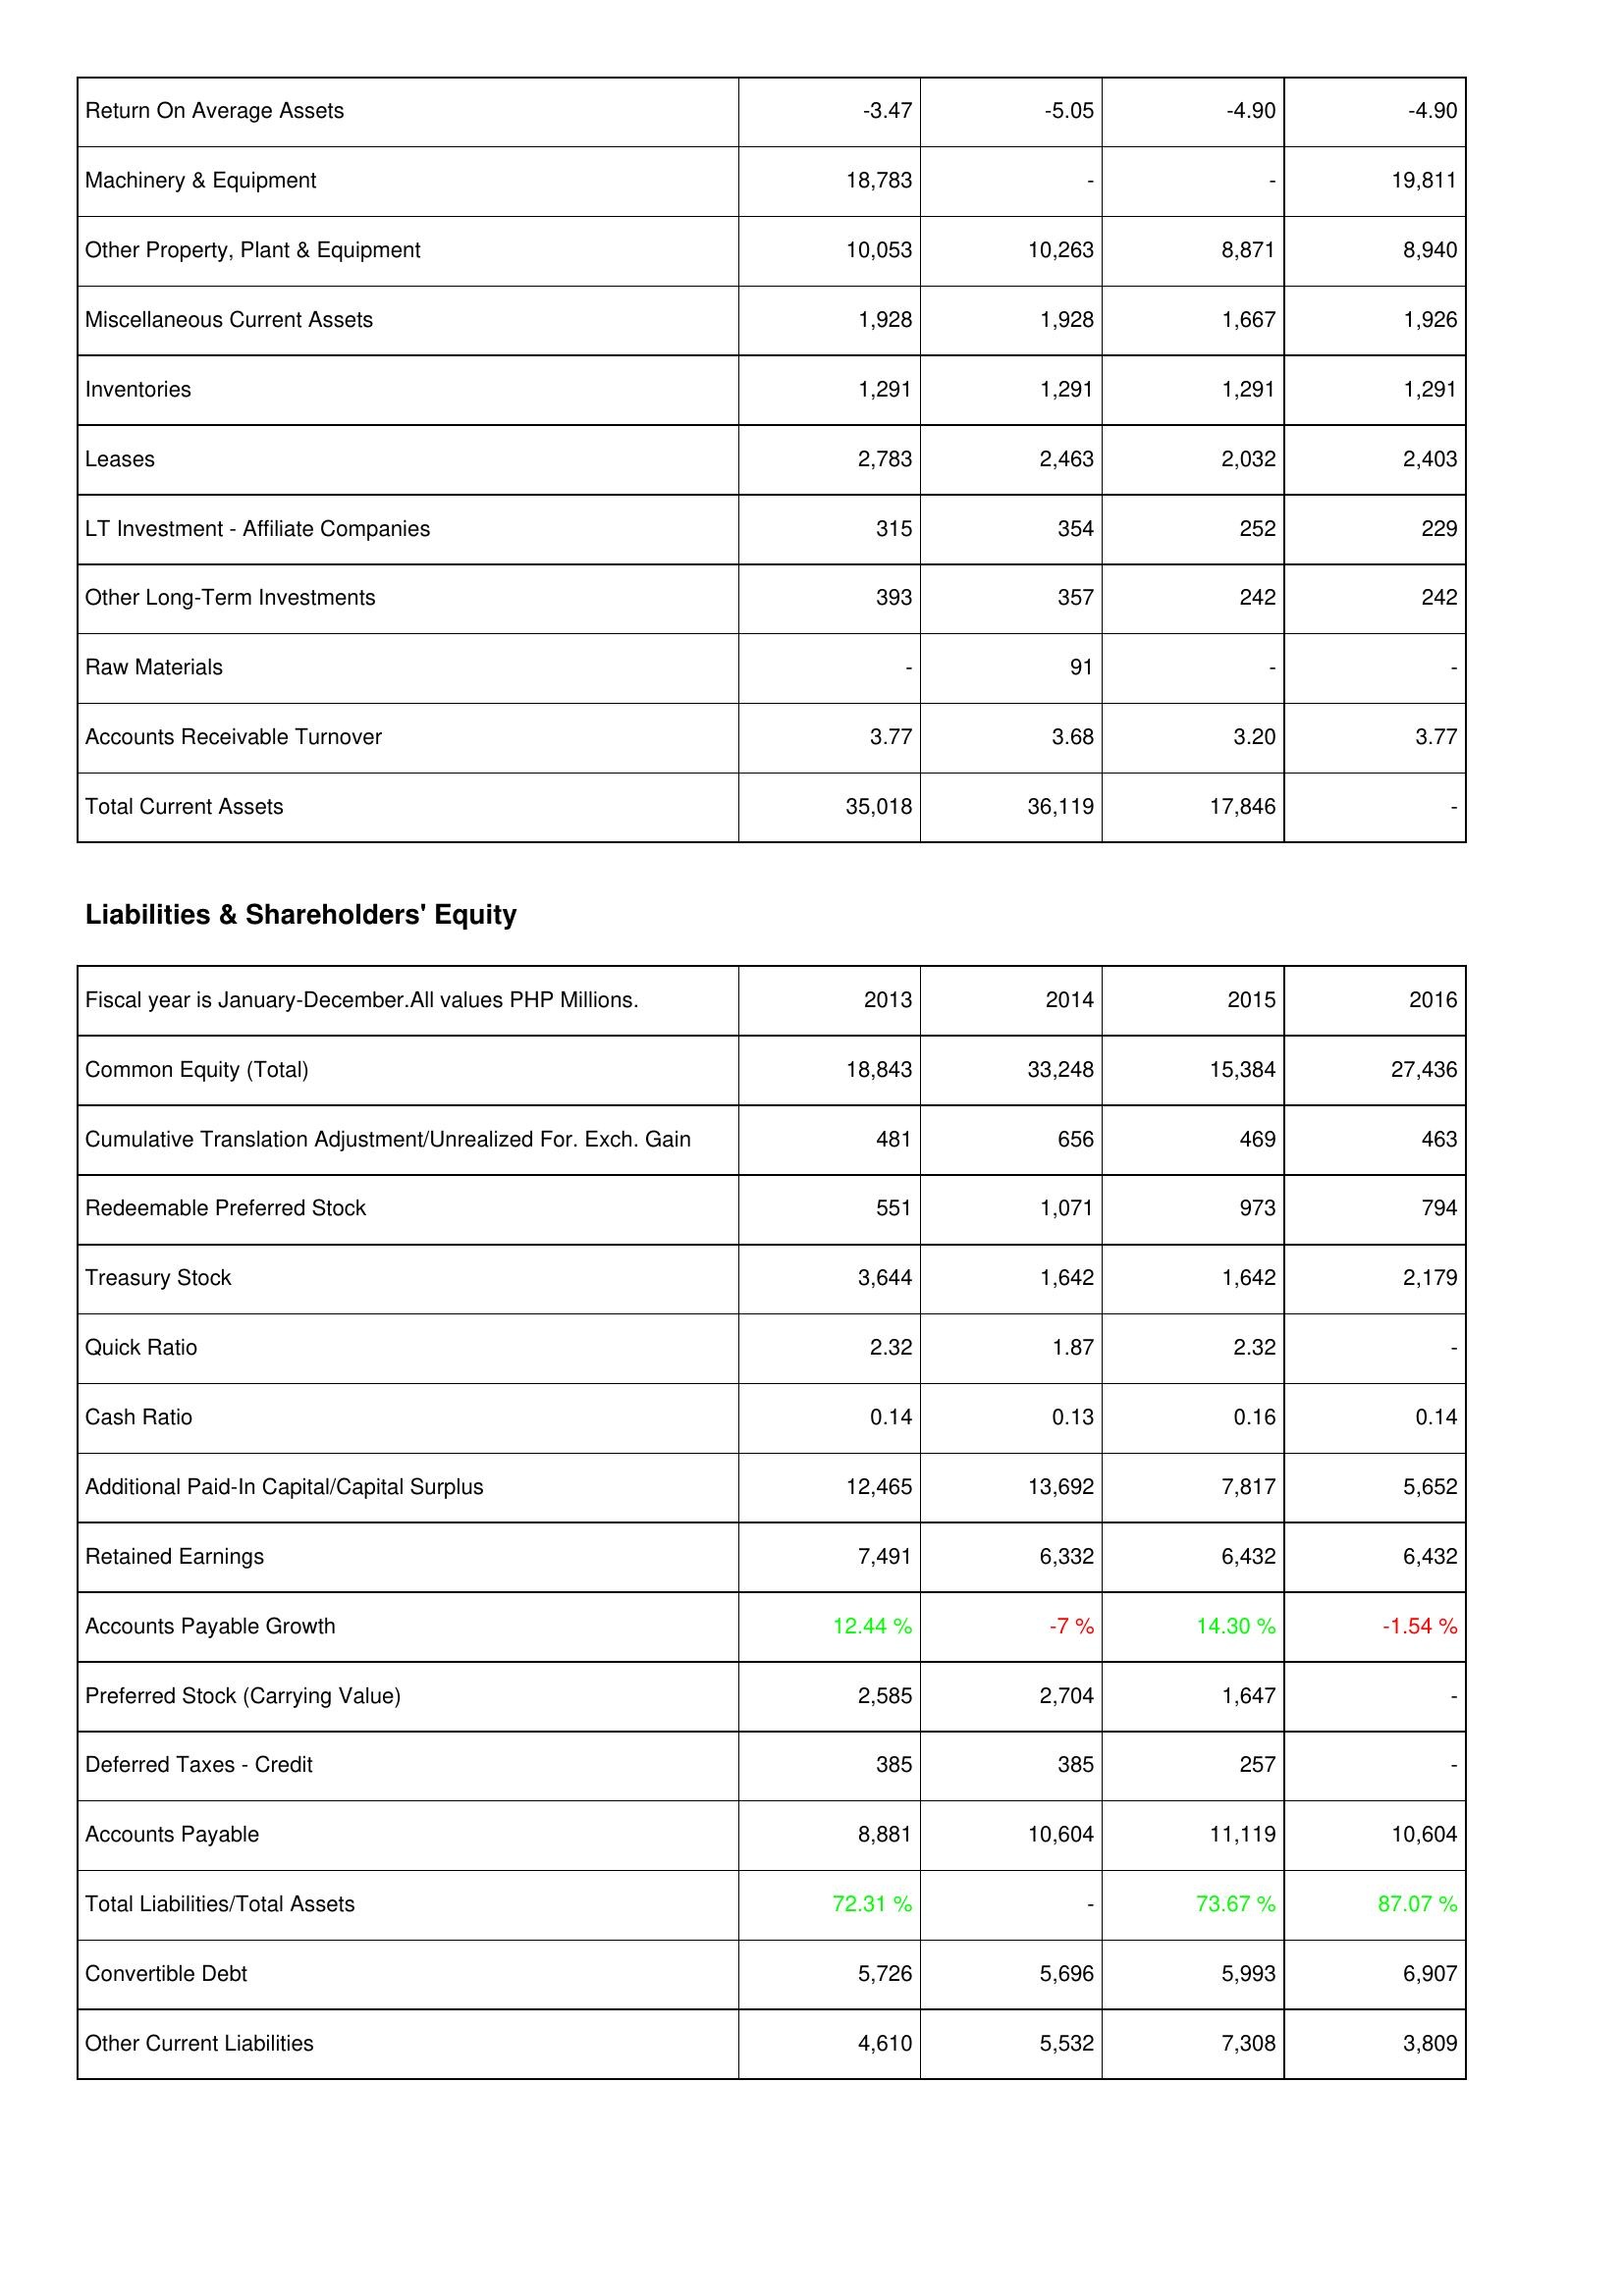
2013: Assets: Return On Average Assets: -3.47
Machinery & Equipment: 18,783
Other Property, Plant & Equipment: 10,053
Miscellaneous Current Assets: 1,928
Inventories: 1,291
Leases: 2,783
LT Investment - Affiliate Companies: 315
Other Long-Term Investments: 393
Raw Materials: -
Accounts Receivable Turnover: 3.77
Total Current Assets: 35,018
Liabilities & Shareholders' Equity: Common Equity (Total): 18,843
Cumulative Translation Adjustment/Unrealized For. Exch. Gain: 481
Redeemable Preferred Stock: 551
Treasury Stock: 3,644
Quick Ratio: 2.32
Cash Ratio: 0.14
Additional Paid-In Capital/Capital Surplus: 12,465
Retained Earnings: 7,491
Accounts Payable Growth: 12.44 %
Preferred Stock (Carrying Value): 2,585
Deferred Taxes - Credit: 385
Accounts Payable: 8,881
Total Liabilities/Total Assets: 72.31 %
Convertible Debt: 5,726
Other Current Liabilities: 4,610
2014: Assets: Return On Average Assets: -5.05
Machinery & Equipment: -
Other Property, Plant & Equipment: 10,263
Miscellaneous Current Assets: 1,928
Inventories: 1,291
Leases: 2,463
LT Investment - Affiliate Companies: 354
Other Long-Term Investments: 357
Raw Materials: 91
Accounts Receivable Turnover: 3.68
Total Current Assets: 36,119
Liabilities & Shareholders' Equity: Common Equity (Total): 33,248
Cumulative Translation Adjustment/Unrealized For. Exch. Gain: 656
Redeemable Preferred Stock: 1,071
Treasury Stock: 1,642
Quick Ratio: 1.87
Cash Ratio: 0.13
Additional Paid-In Capital/Capital Surplus: 13,692
Retained Earnings: 6,332
Accounts Payable Growth: -7 %
Preferred Stock (Carrying Value): 2,704
Deferred Taxes - Credit: 385
Accounts Payable: 10,604
Total Liabilities/Total Assets: -
Convertible Debt: 5,696
Other Current Liabilities: 5,532
2015: Assets: Return On Average Assets: -4.90
Machinery & Equipment: -
Other Property, Plant & Equipment: 8,871
Miscellaneous Current Assets: 1,667
Inventories: 1,291
Leases: 2,032
LT Investment - Affiliate Companies: 252
Other Long-Term Investments: 242
Raw Materials: -
Accounts Receivable Turnover: 3.20
Total Current Assets: 17,846
Liabilities & Shareholders' Equity: Common Equity (Total): 15,384
Cumulative Translation Adjustment/Unrealized For. Exch. Gain: 469
Redeemable Preferred Stock: 973
Treasury Stock: 1,642
Quick Ratio: 2.32
Cash Ratio: 0.16
Additional Paid-In Capital/Capital Surplus: 7,817
Retained Earnings: 6,432
Accounts Payable Growth: 14.30 %
Preferred Stock (Carrying Value): 1,647
Deferred Taxes - Credit: 257
Accounts Payable: 11,119
Total Liabilities/Total Assets: 73.67 %
Convertible Debt: 5,993
Other Current Liabilities: 7,308
2016: Assets: Return On Average Assets: -4.90
Machinery & Equipment: 19,811
Other Property, Plant & Equipment: 8,940
Miscellaneous Current Assets: 1,926
Inventories: 1,291
Leases: 2,403
LT Investment - Affiliate Companies: 229
Other Long-Term Investments: 242
Raw Materials: -
Accounts Receivable Turnover: 3.77
Total Current Assets: -
Liabilities & Shareholders' Equity: Common Equity (Total): 27,436
Cumulative Translation Adjustment/Unrealized For. Exch. Gain: 463
Redeemable Preferred Stock: 794
Treasury Stock: 2,179
Quick Ratio: -
Cash Ratio: 0.14
Additional Paid-In Capital/Capital Surplus: 5,652
Retained Earnings: 6,432
Accounts Payable Growth: -1.54 %
Preferred Stock (Carrying Value): -
Deferred Taxes - Credit: -
Accounts Payable: 10,604
Total Liabilities/Total Assets: 87.07 %
Convertible Debt: 6,907
Other Current Liabilities: 3,809